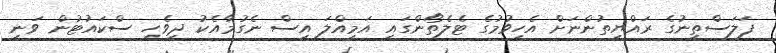
ފަލަސްތީނުގެ ރައްޔިތުންނަށް އެހީވުމުގެ ޓެލެތޯންގައި އަމިއްލަ އިސް ނެގުމާއެކު ދިވެހި ސްކައުޓުން ވަނީ